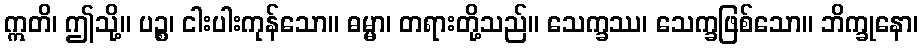
ဣတိ၊ ဤသို့။ ပဉ္စ၊ ငါးပါးကုန်သော။ ဓမ္မာ၊ တရားတို့သည်။ သေက္ခဿ၊ သေက္ခဖြစ်သော။ ဘိက္ခုနော၊